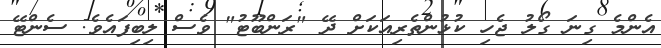
އެންމެ ގިނަ ގޯލު ޖެހި ކުޅުންތެރިއަކަށް ދޭ "ރަންބޫޓު" ވެސް ލިބިފައެވެ. ސެންޓޭ